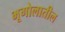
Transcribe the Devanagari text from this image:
भूगोलातील